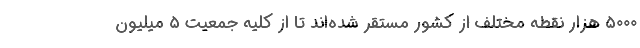
۵۰۰۰ هزار نقطه مختلف از کشور مستقر شده‌‌اند تا از کلیه جمعیت ۵ میلیون